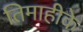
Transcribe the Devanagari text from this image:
तिमाहीके